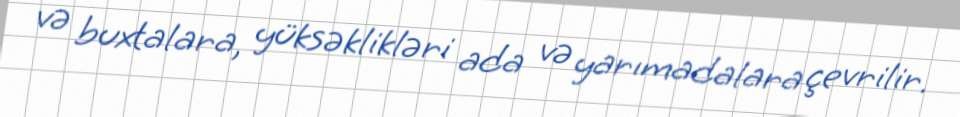
və buxtalara, yüksəklikləri ada və yarımadalara çevrilir.